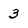
Character: 3